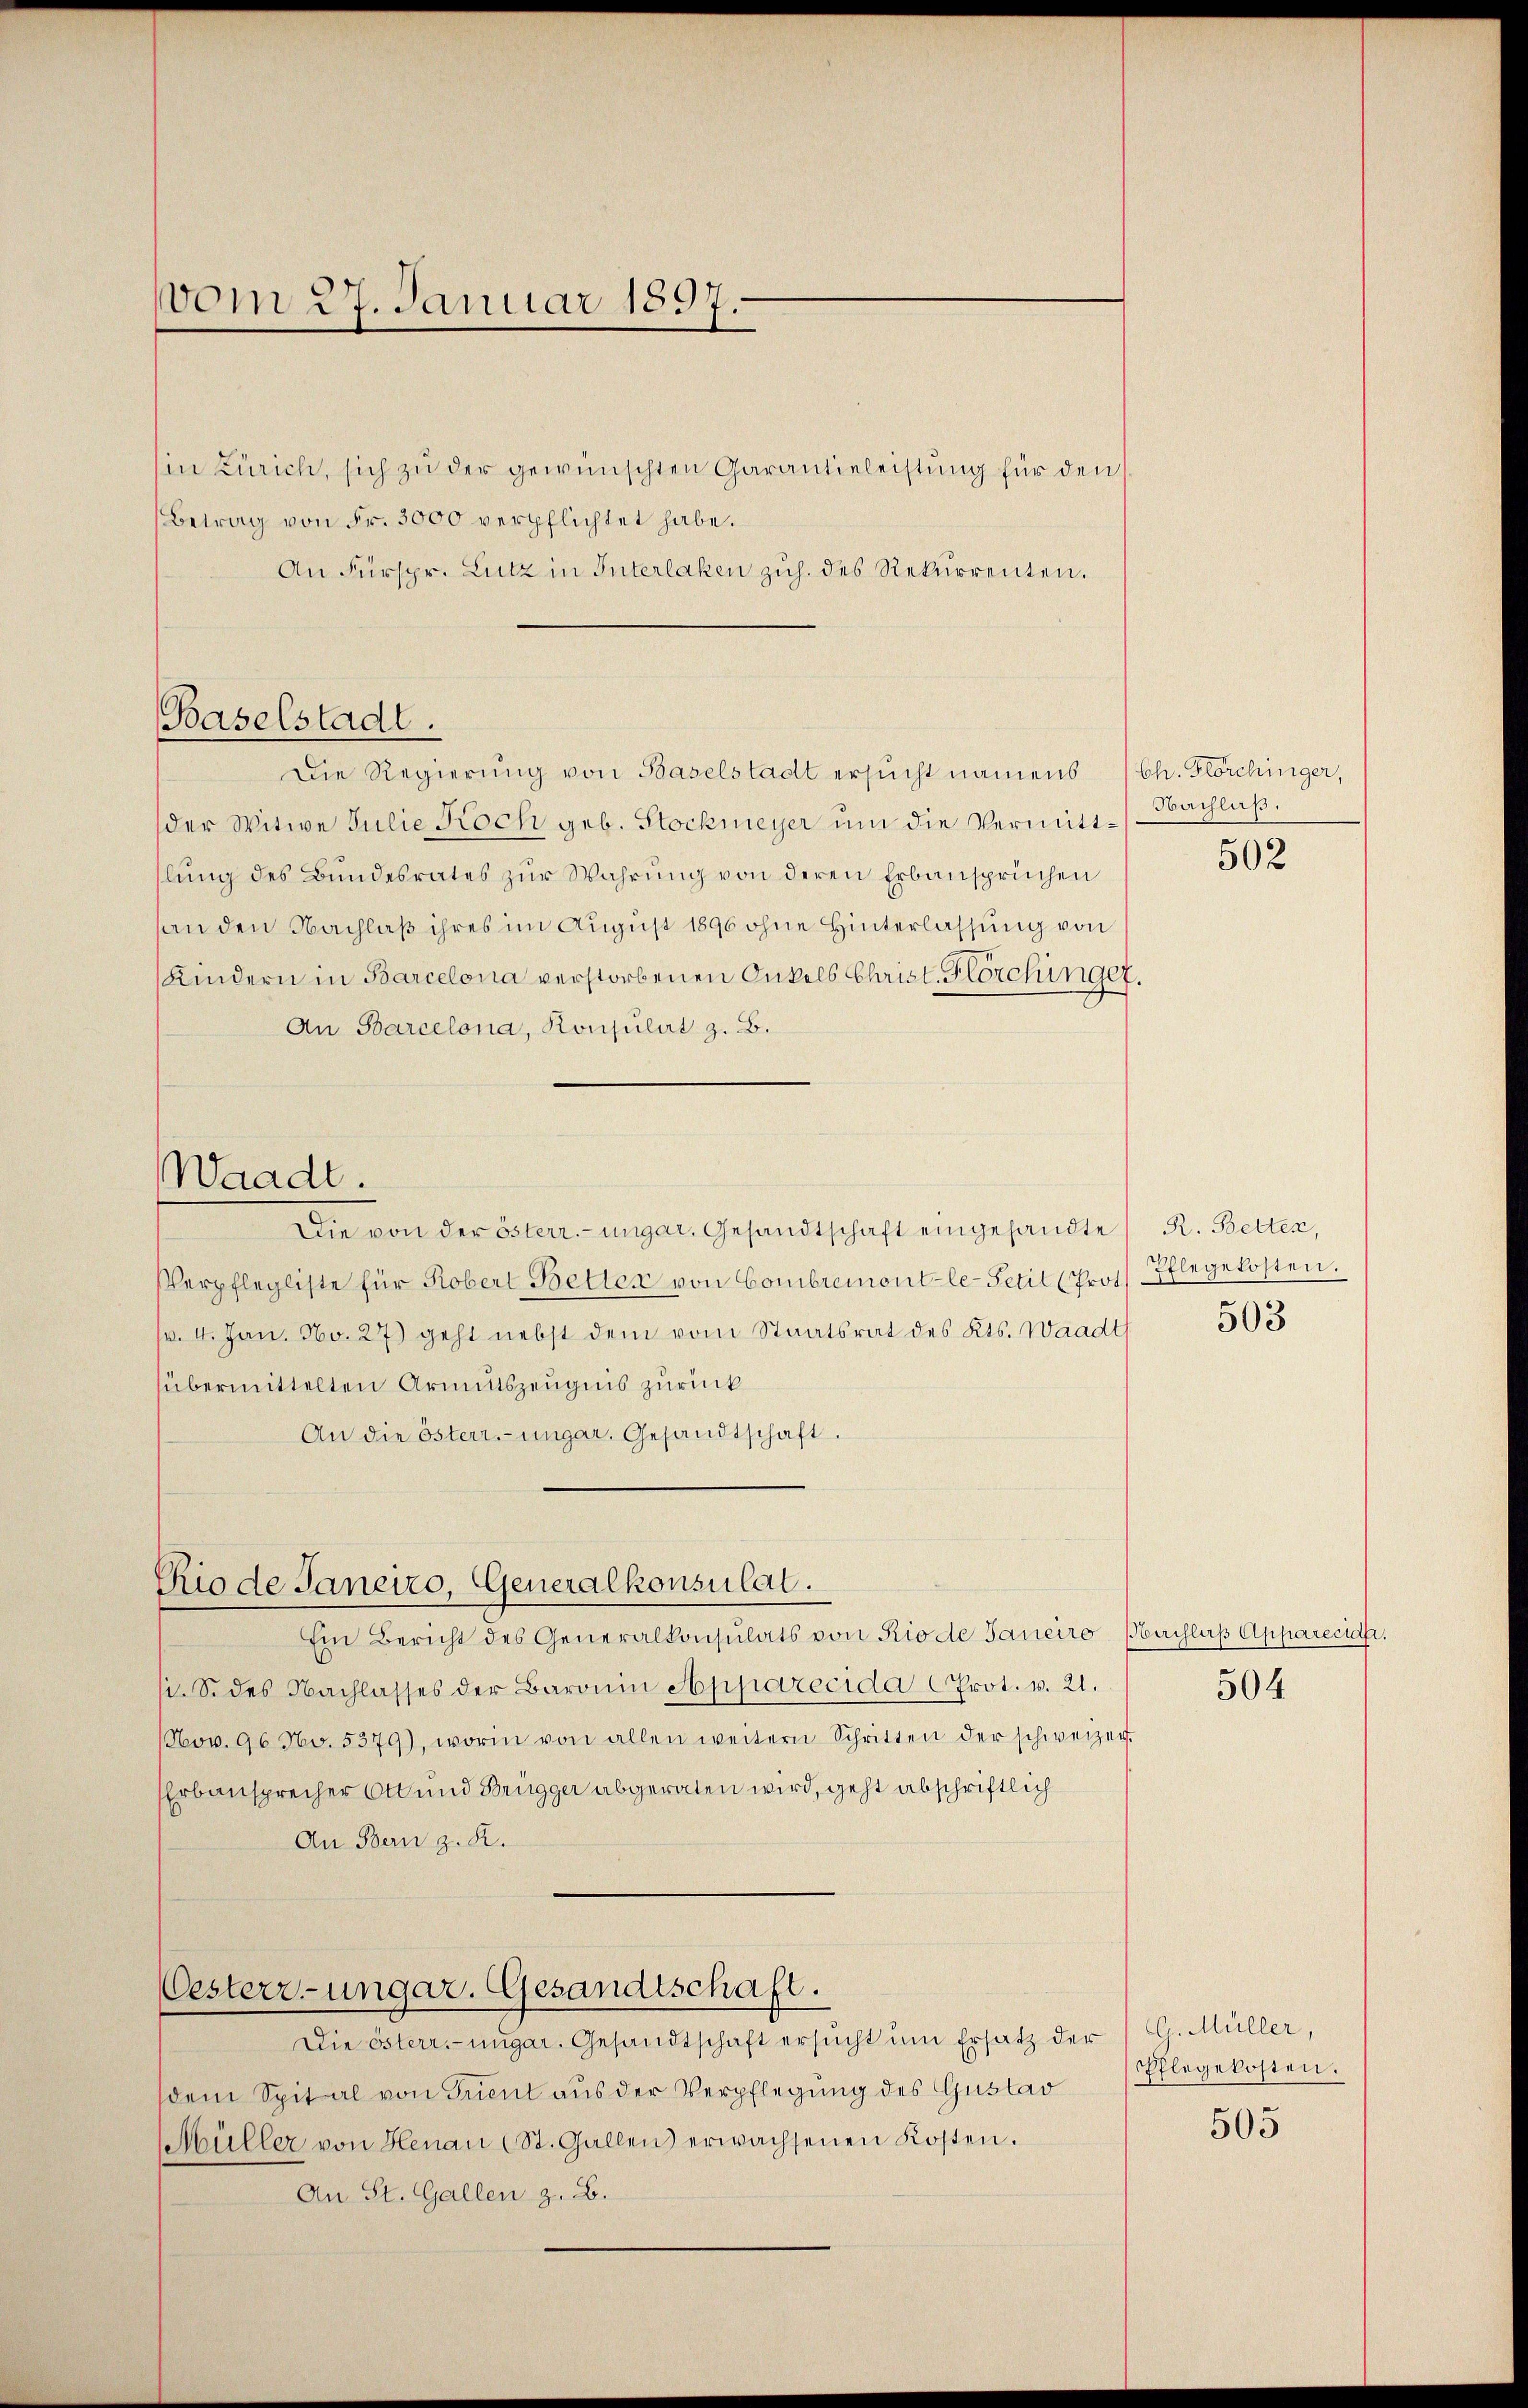
vom 27. Januar 1897.

Baselstadt.

(in Zürich, sich zu der gewünschten Garantieleistung für den
Betrag von Fr. 3000 verpflichtet habe.
An Fürspr. Lutz in Interlaken zuh. des Rekurrenten.
Die Regierung von Baselstadt ersucht namens
der Witwe Julie Koch geb. Stockmeyer um die Vermittlŭng des Bundesrates zŭr Wahrŭng von deren Erbansprüchen
an den Nachlaß ihres im August 1896 ohne Hinterlassung von
Kindern in Barcelona verstorbenen Onkels Christ. Hörchinger
An Barcelona, Konsulat z. B.
Waadt.
Die von der österr.-ungar. Gesandtschaft eingesandte R. Betten,
Verpflegliste für Robert Better von Combremont-le-Petit (Prof. Pflegekosten.
v. 4. Jan. No. 27) geht nebst dem vom Staatsrat des Kts. Waadt
übermittelten Armutszeugnis zurück
An die Osterr.-ungar. Gesandtschaft

Rio de Janeiro, Generalkonsulat.

Oesterr.-ungar. Gesandtschaft.

Die österr.-ungar. Gesandtschaft ersucht um Ersatz der (C. Müller,
dem Spital von Trient aus der Verpflegung des Gustav
Hüller von Henau (St. Gallen) erwachsenen Kosten.
An St. Gallen z. B.

Ein Bericht des Generalkonsulats von Rio de Janeiro (Bachlaß Appareciali
. S. des Nachlasses der Baronin Apparecida (Prot. v. 21.
NNov. 96 No. 5379), worin von allen weitern Schritten der schweizer-
Erbansprecher Ott und Brügger abgeraten wird, geht abschriftlich
An Bern z. R.

Ch. Plörchinger,
Nachlaß.

502

503

504

Shlegekosten.

505